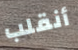
أنقلب